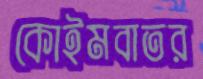
কোইমবাতর